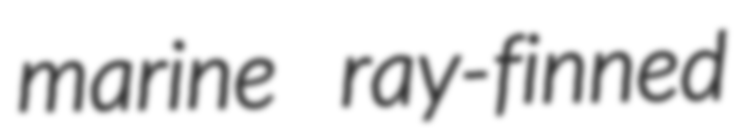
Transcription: marine ray-finned